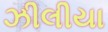
ઝીલીયા